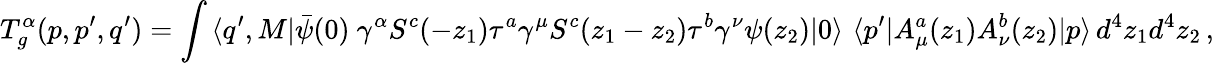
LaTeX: T_{g}^{\alpha}(p,p^{\prime},q^{\prime})=\int\, \langle q^{\prime},M|\bar{\psi}(0)\ \gamma^{\alpha}S^{c}(-z_{1})\tau^{a}\gamma^{\mu}S^{c}(z_{1}-z_{2})\tau^{b}\gamma^{\nu}\psi(z_{2})|0\rangle\, \, \langle p^{\prime}|A_{\mu}^{a}(z_{1})A_{\nu}^{b}(z_{2})|p\rangle\, d^{4}z_{1}d^{4}z_{2}\, ,